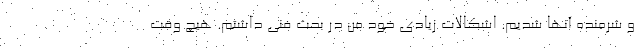
و شرمنده آنها شدیم. اشکالات زیادی خود من در بحث فنی داشتم. هیچ وقت